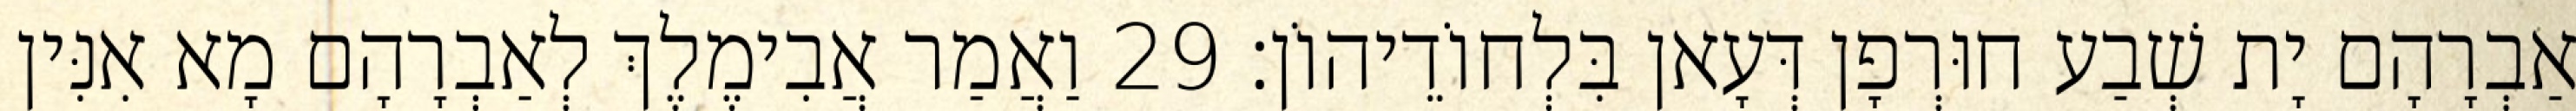
אַבְרָהָם יָת שְׁבַע חוּרְפָן דְּעָאן בִּלְחוֹדֵיהוֹן׃ 29 וַאֲמַר אֲבִימֶלֶךְ לְאַבְרָהָם מָא אִנִּין